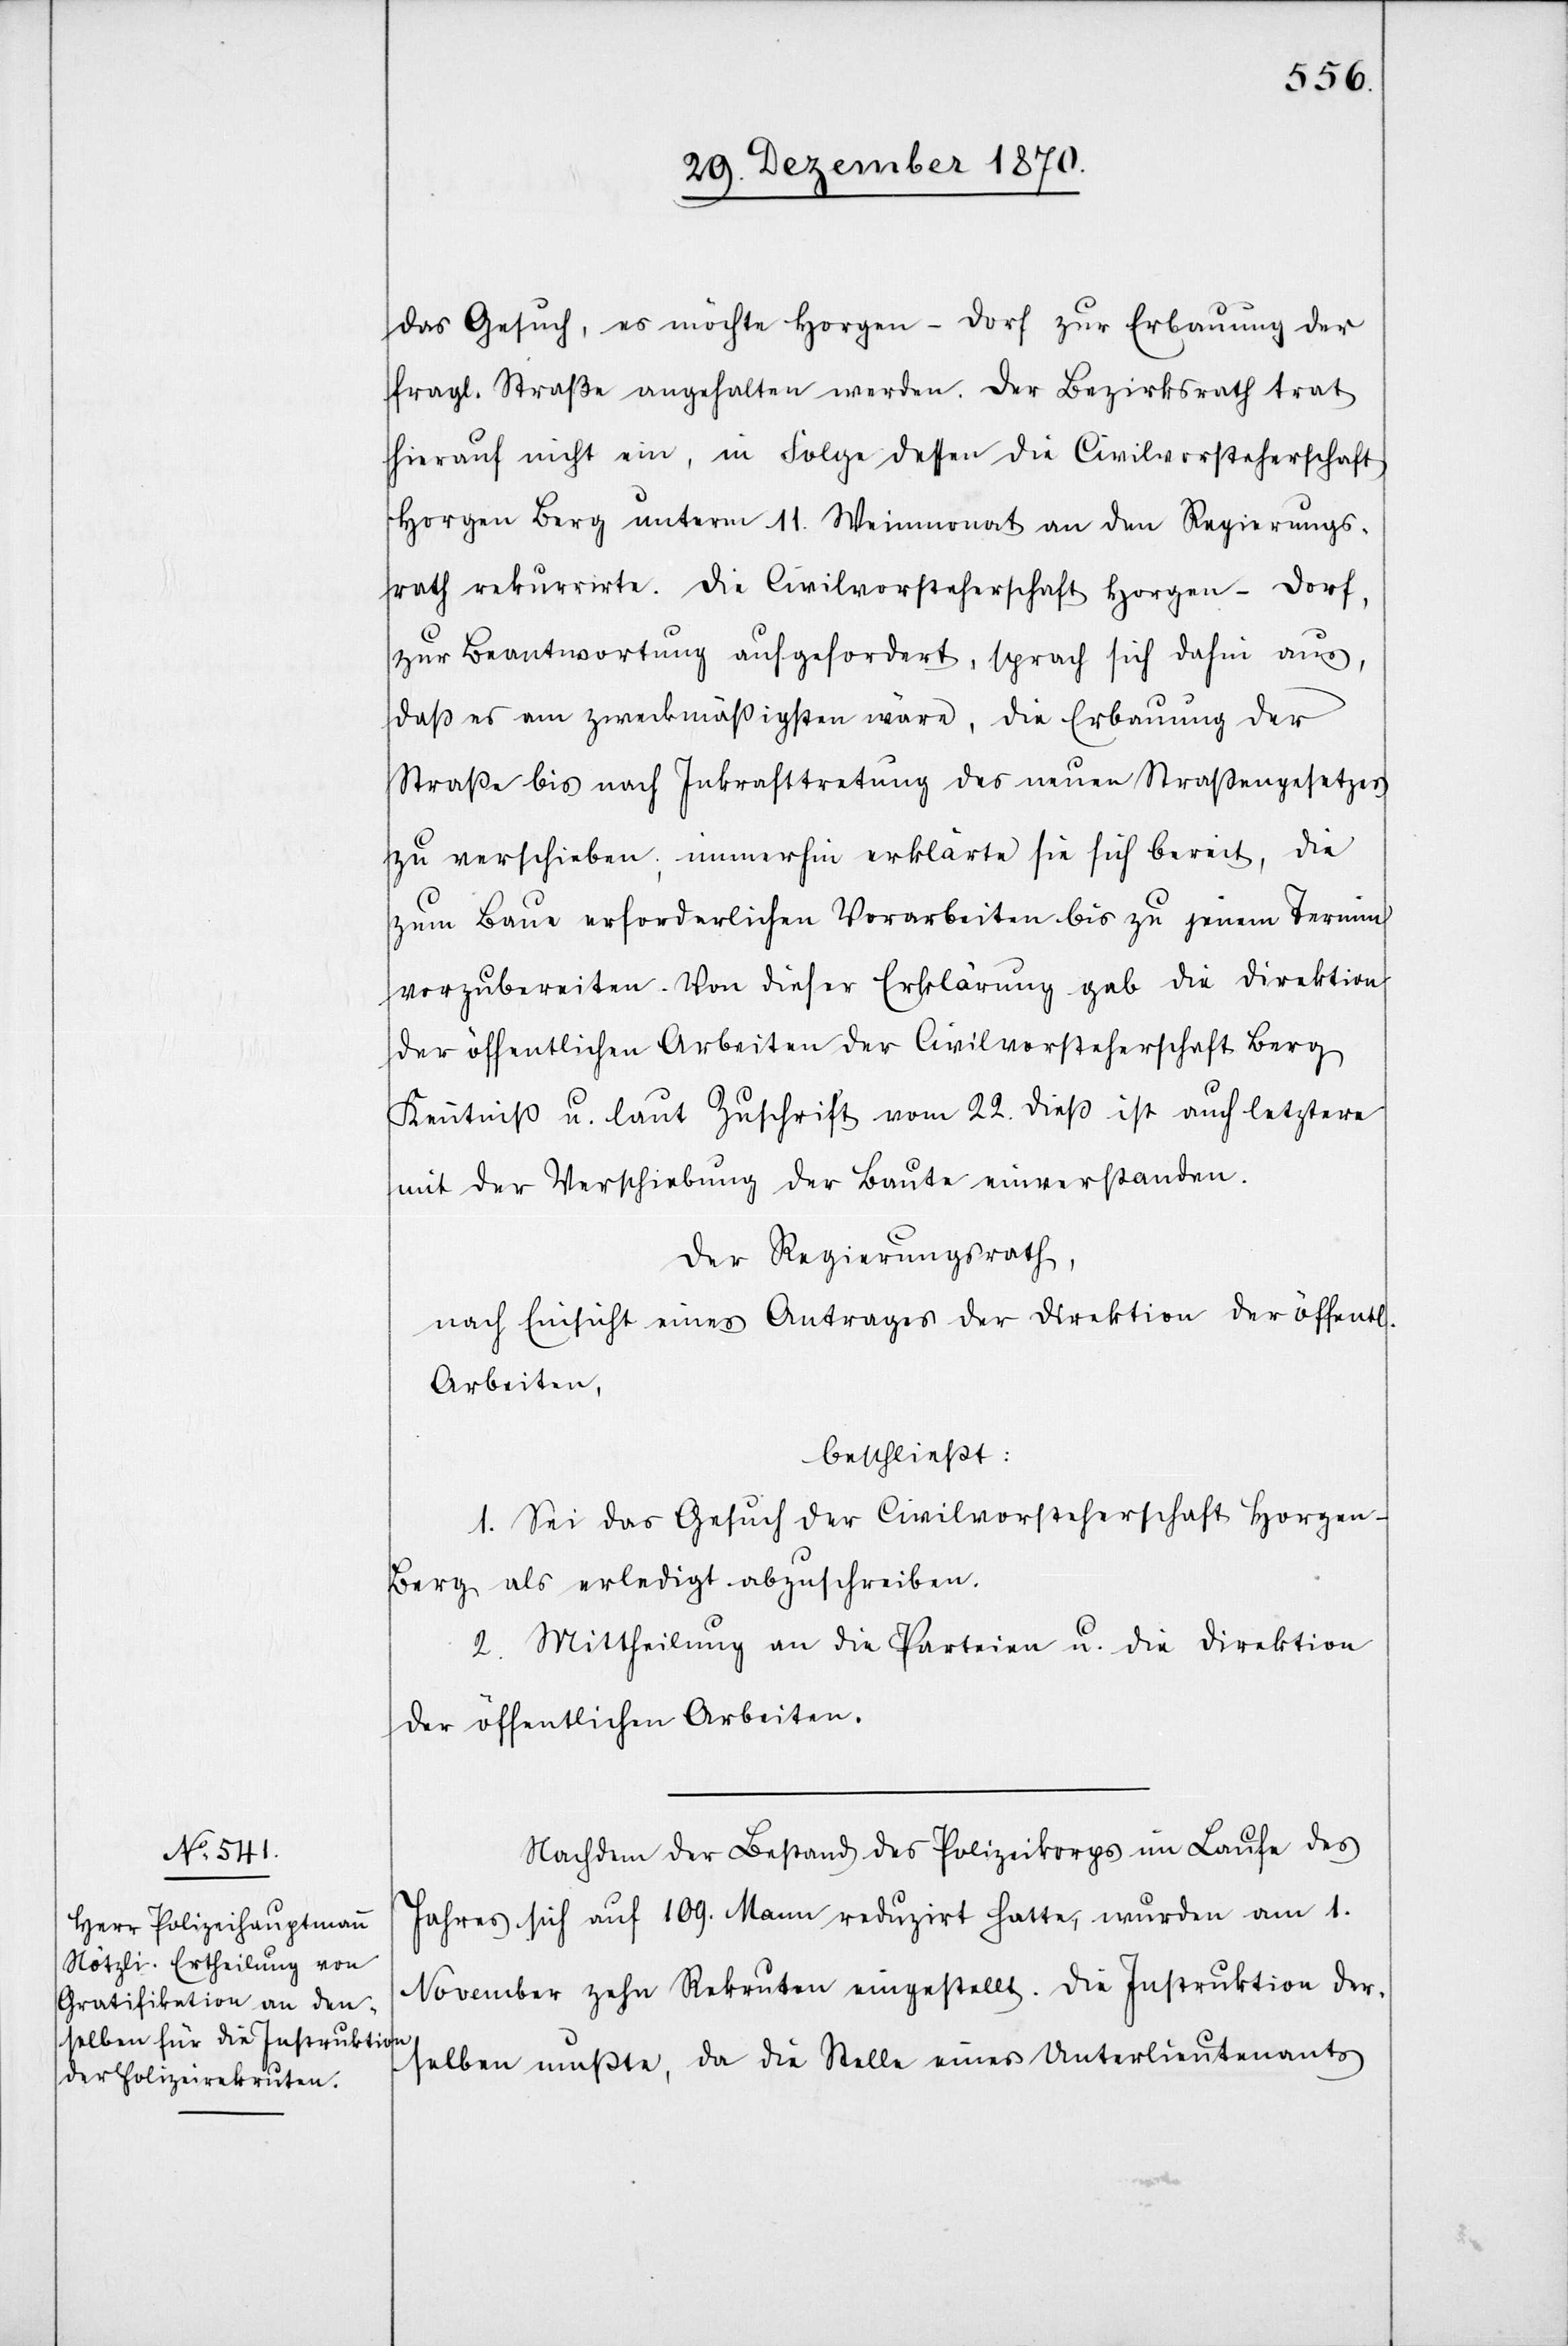
das Gesuch, es möchte Horgen - Dorf zur Erbauung der
fragl. Straße angehalten werden. Der Bezirksrath trat
hierauf nicht ein, in Folge dessen die Civilvorsteherschaft
Horgen Berg unterm 11. Weinmonat an den Regierungs¬
rath rekurrirte. Die Civilvorsteherschaft Horgen - Dorf,
zur Beantwortung aufgefordert, sprach sich dahin aus,
daß es am zweckmäßigsten wäre, die Erbauung der
Straße bis nach Inkrafttretung des neuen Straßengesetzes
zu verschieben; immerhin erklärte sie sich bereit, die
zum Baue erforderlichen Vorarbeiten bis zu jenem Termin
vorzubereiten. Von dieser Erklärung gab die Direktion
der öffentlichen Arbeiten der Civilvorsteherschaft Berg
Kenntniß u. laut Zuschrift vom 22. dieß ist auch letztere
mit der Verschiebung der Baute einverstanden.
Der Regierungsrath,
nach Einsicht eines Antrages der Direktion der öffentl.
Arbeiten,
beschließt:
1. Es sei das Gesuch der Civilvorsteherschaft Horgen
Berg als erledigt abzuschreiben.
2. Mittheilung an die Parteien u. die Direktion
der öffentlichen Arbeiten.
Nachdem der Bestand des Polizeikorps im Laufe des
Jahres sich auf 109. Mann reduzirt hatte, wurden am 1.
November zehn Rekruten eingestellt. Die Instruktion der¬
selben mußte, da die Stelle eines Unterlieutenants